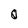
Character: Q